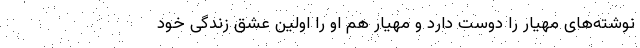
نوشته‌های مهیار را دوست دارد و مهیار هم او را اولین عشق زندگی خود